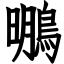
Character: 䳟